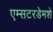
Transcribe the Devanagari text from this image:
एम्सटरडेमशे